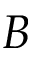
B